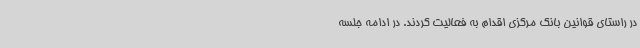
در راستای قوانین بانک مرکزی اقدام به فعالیت کردند. در ادامه جلسه